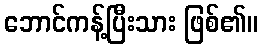
ဘောင်ကန့်ပြီးသား ဖြစ်၏။